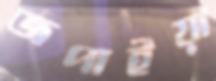
জপাইয়া